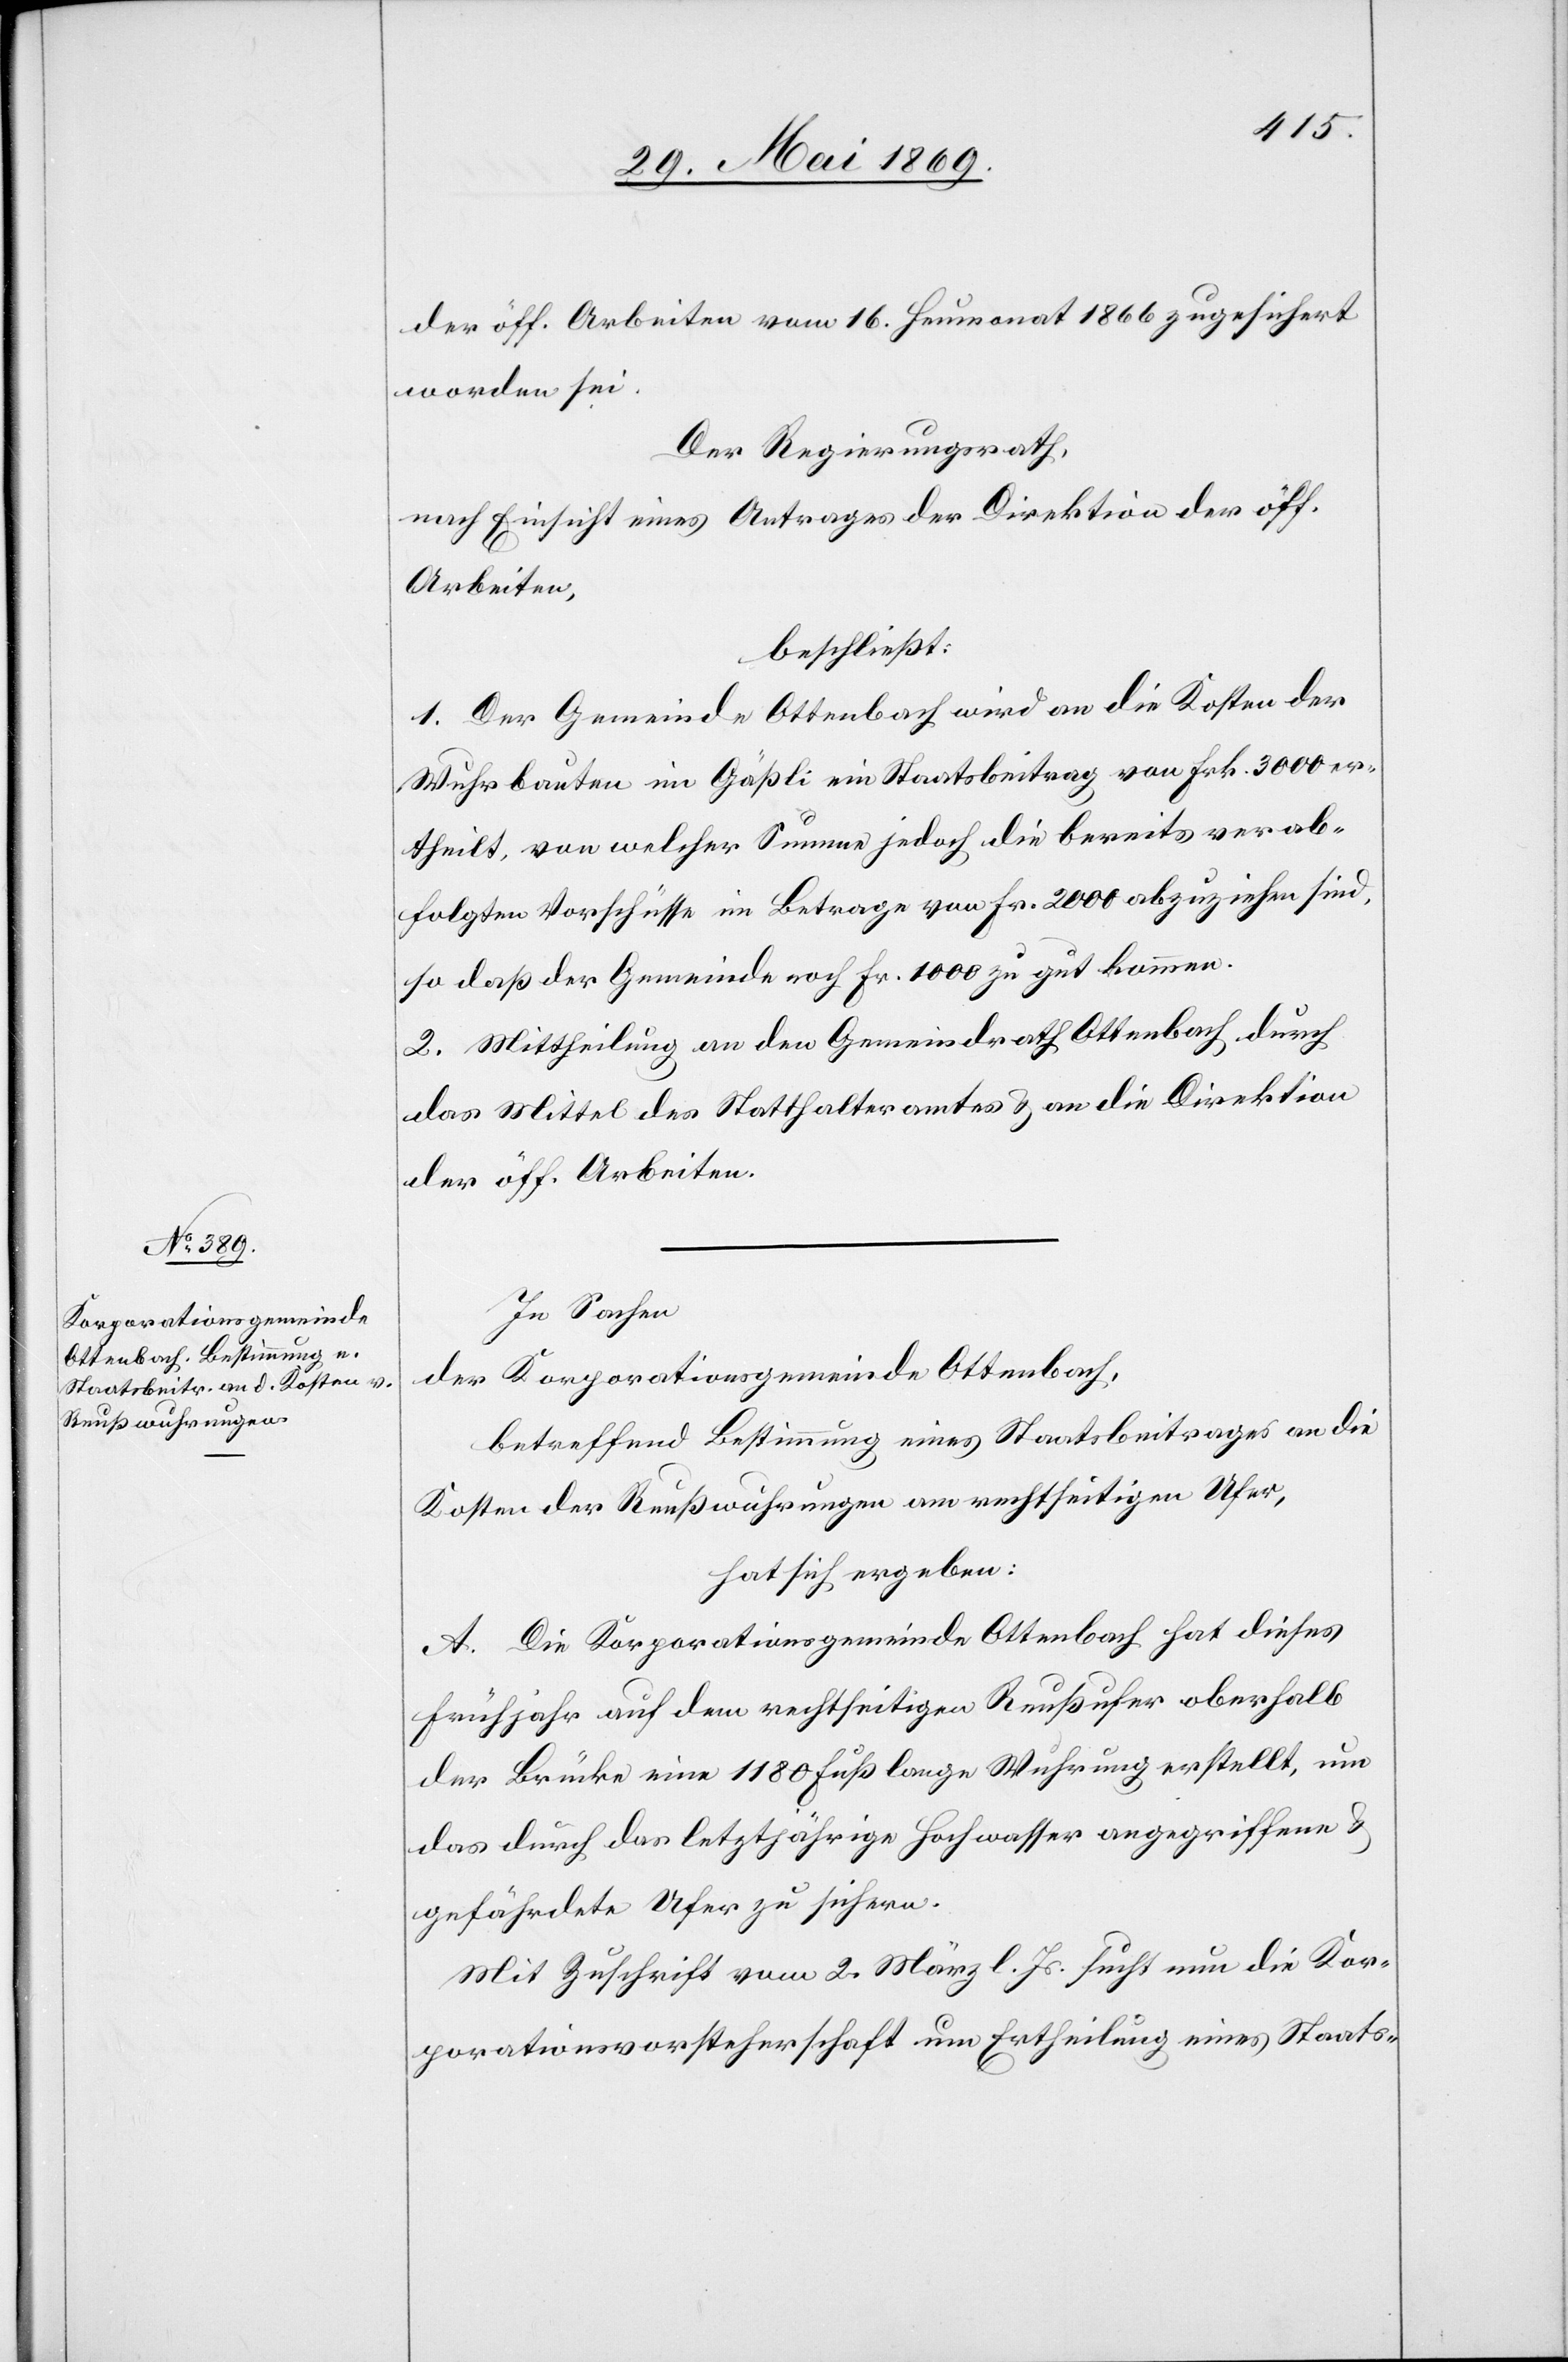
der öff. Arbeiten vom 16 Heumonat 1866 zugesichert
worden sei.
Der Regierungsrath,
nach Einsicht eines Antrages der Direktion der öff.
Arbeiten,
beschließt:
1. Der Gemeinde Ottenbach wird an die Kosten der
Wuhrarbeiten im Gäßli ein Staatsbeitrag von Frk. 3000 er¬
theilt, von welcher Summe jedoch die bereits verab¬
folgten Vorschüsse im Betrage von Fr. 2000 abzuziehen sind,
so daß der Gemeinde noch Fr. 1000 zu gut kommen.
2. Mittheilung an den Gemeindrath Ottenbach durch
das mittel des Statthalteramtes u. an die Direktion
der öff. Arbeiten.
In Sachen
der Korporationsgemeinde Ottenbach,
betreffend Bestimmung eines Staatsbeitrages an die
Kosten der Reußwuhrungen am rechtseitigen Ufer,
hat sich ergeben:
A. Die Korporationsgemeinde Ottenbach hat dieses
Frühjahr auf dem rechtseitigen Reußufer oberhalb
der Brücke eine 1180 Fuß lange Wuhrung erstellt, um
das durch das letztjährige Hochwasser angegriffene u.
gefährdete Ufer zu sichern.
Mit Zuschrift vom 2 März l. Js. sucht nun die Kor¬
porationsvorsteherschaft um Ertheilung eines Staats-